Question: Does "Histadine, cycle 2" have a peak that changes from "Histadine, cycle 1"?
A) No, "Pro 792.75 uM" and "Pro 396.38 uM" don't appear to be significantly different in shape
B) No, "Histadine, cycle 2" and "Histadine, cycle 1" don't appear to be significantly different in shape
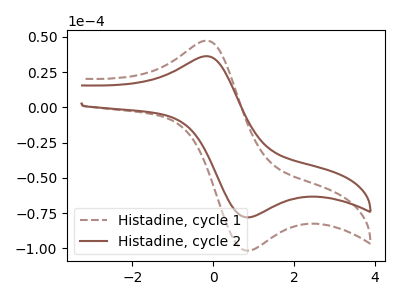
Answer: <think>The brown dashed curve "Histadine, cycle 1" has an anodic peak at (-0.20V, 47.25uA) and a cathodic peak at (0.90V, -101.60uA). The brown curve "Histadine, cycle 2" has an anodic peak at (-0.20V, 36.25uA) and a cathodic peak at (0.90V, -78.00uA).
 All the peaks in "Histadine, cycle 2" have a peak in "Histadine, cycle 1" at the same potential. Every peak in "Histadine, cycle 2" is lower than every peak in "Histadine, cycle 1".</think>
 <answer>B) No, "Histadine, cycle 2" and "Histadine, cycle 1" don't appear to be significantly different in shape</answer>
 <eval>B</eval>